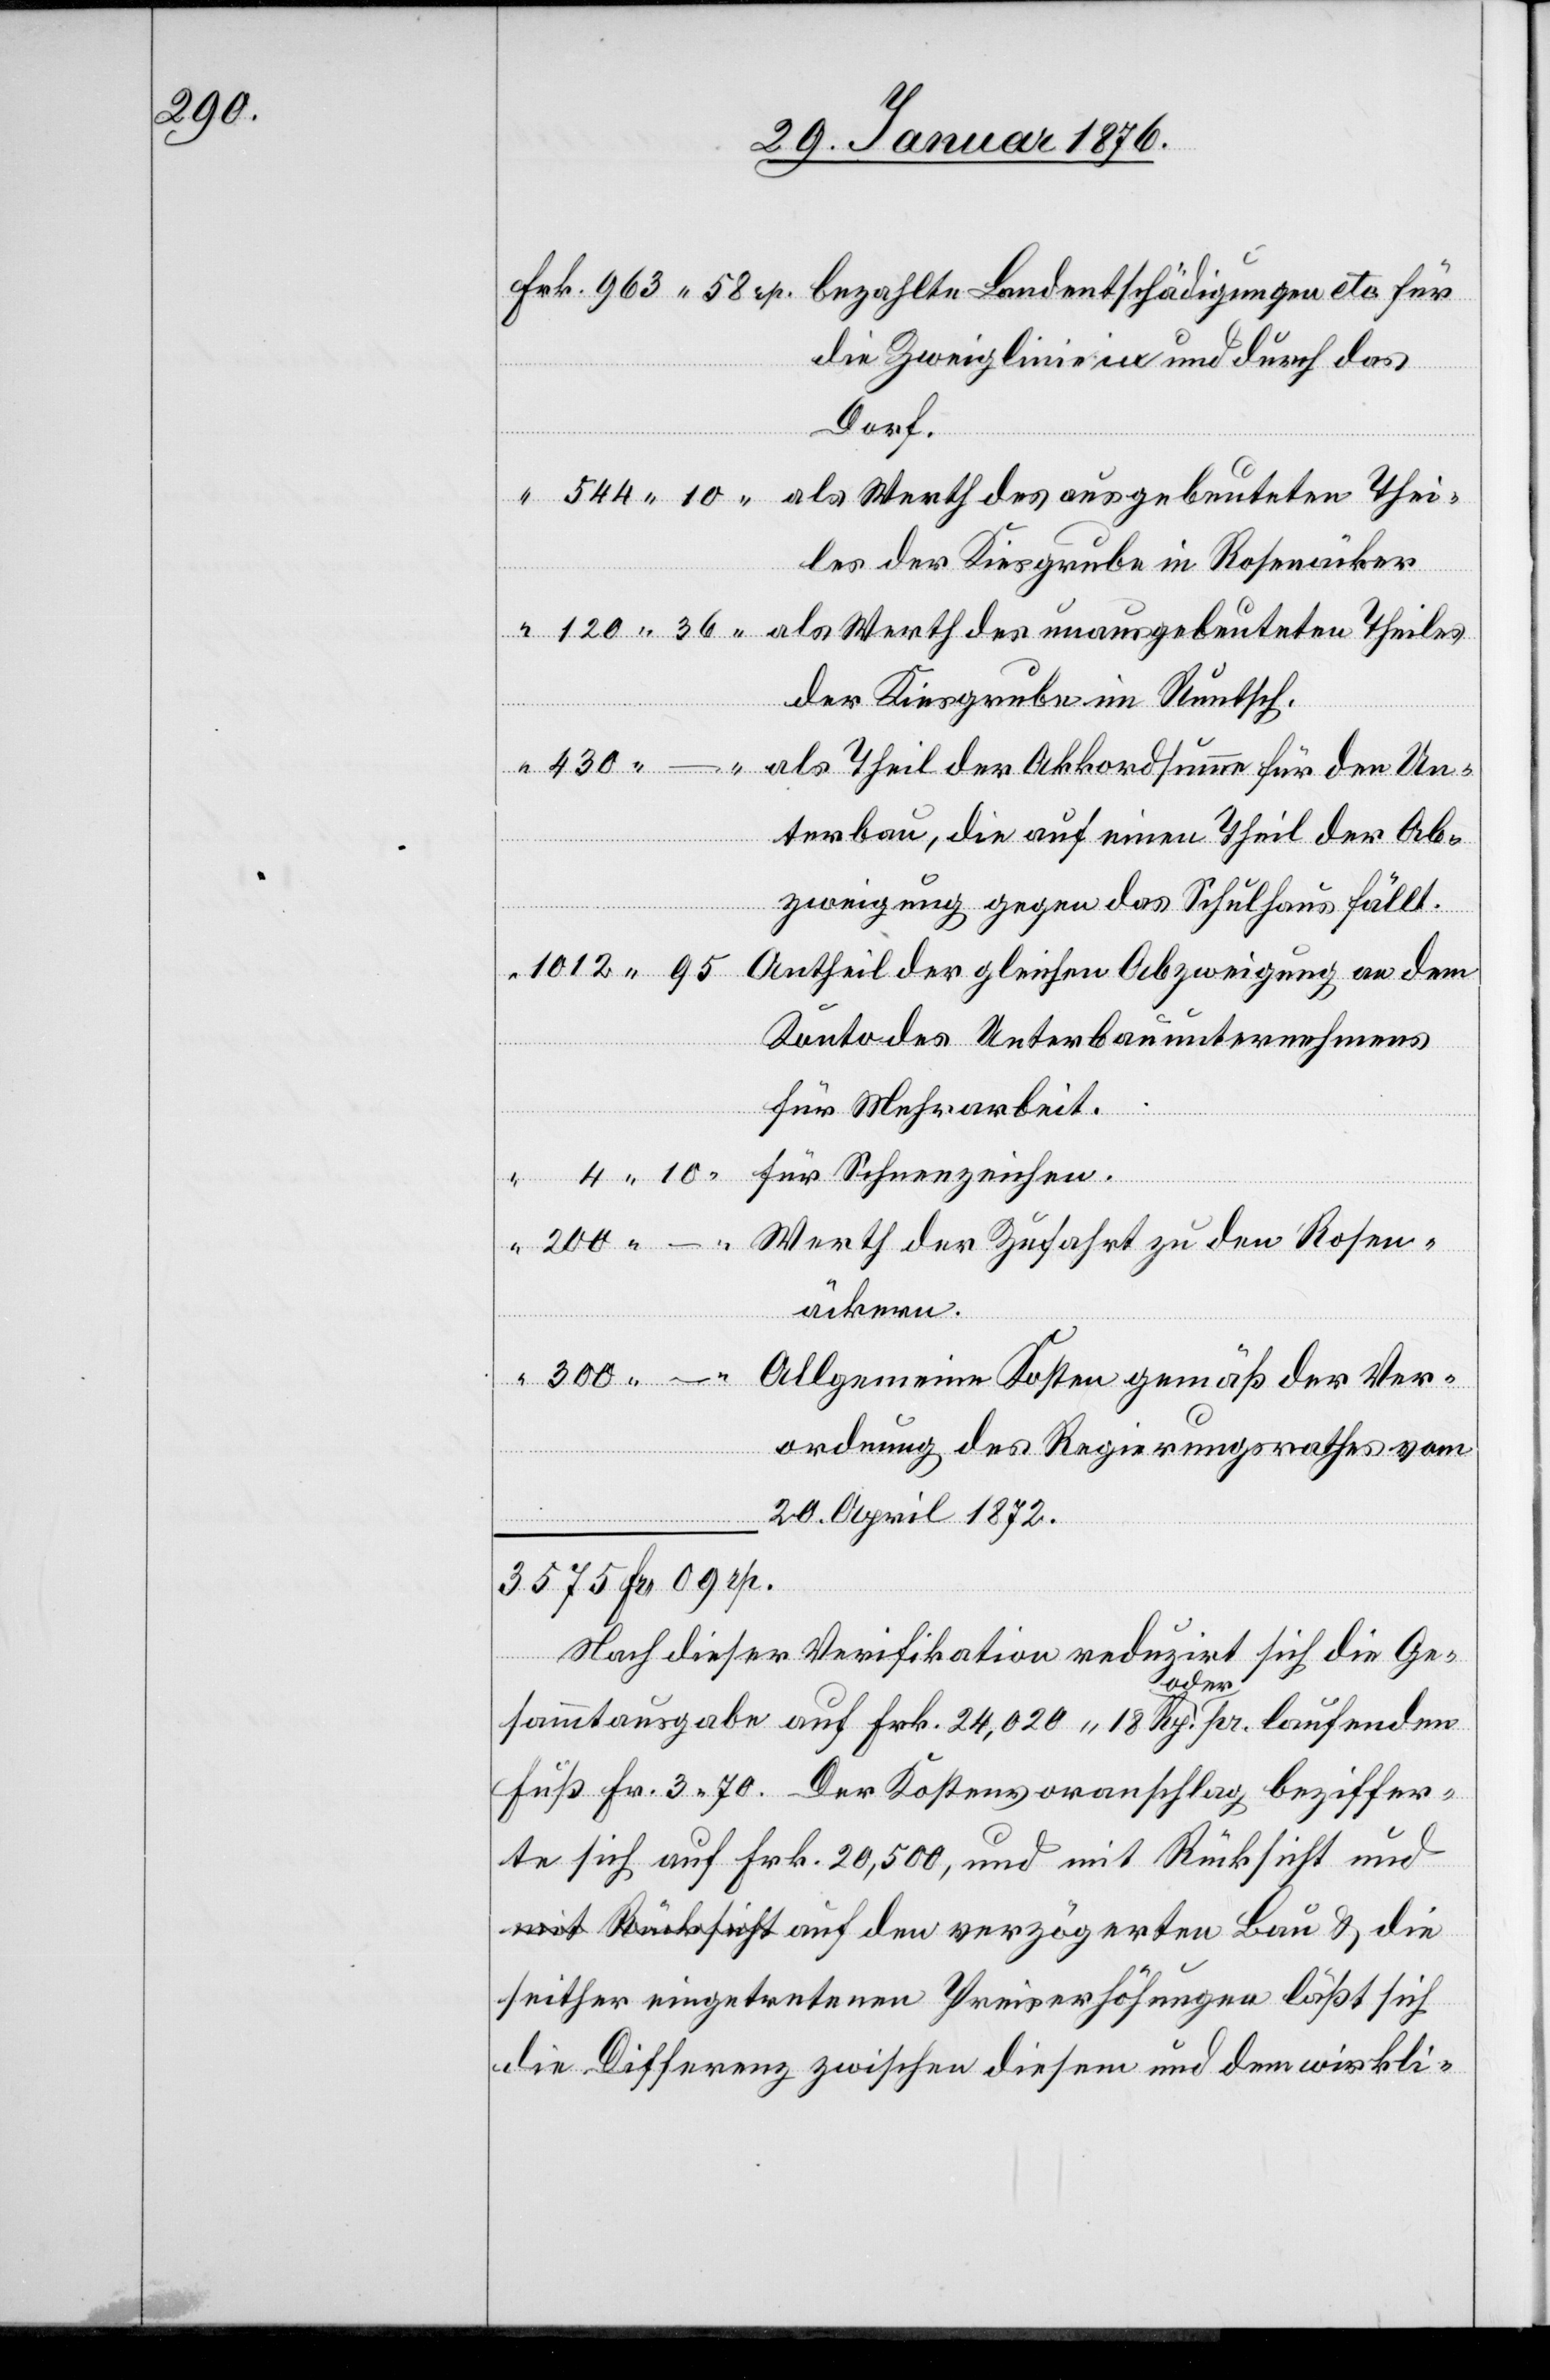
300.–

die Zweiglinie im und durch das
die
Dorf.
les der Kiesgrube in Rosenäcker
der Kiesgrube im [?Runtsch].
terbau, die auf einen Theil der Ab¬
zweigung gegen das Schulhaus fällt.
Konto des Unterbauunternehmens
für Mehrarbeit.
für Schneezeichen.
Werth der Zufahrt zu den Rosen¬
äckern.
Allgemeine Kosten gemäß der Ver¬
ordnung des Regierungsrathes vom
20. April 1872.
3575 Fr. 09
Nach dieser Verifikation reduzirt sich die Ge¬
sammtausgabe auf Frk. 24,020.18 Rp. oder pr. laufenden
Fuß Fr. 3.70. Der Kostenvoranschlag beziffer¬
te sich auf Frk. 20,500, und mit Rücksicht und
seither eingetretenen Preiserhöhungen läßt sich
die Differenz zwischen diesem und dem wirkli-